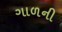
ગાળની